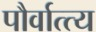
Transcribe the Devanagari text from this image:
पौर्वात्त्य